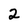
Character: 2